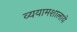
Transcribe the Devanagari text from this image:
व्ययामशालाये